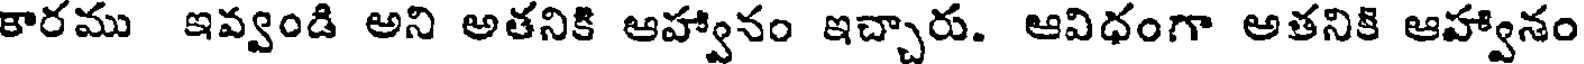
కారము ఇవ్వండి అని అతనికి ఆహ్వానం ఇచ్చారు. ఆవిధంగా అతనికి ఆహ్వానం